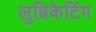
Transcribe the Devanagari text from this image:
लुब्रिकेटिंग